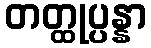
တတ္ထုပ္ပန္နာ